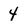
Character: 4